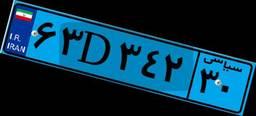
۷۴D۹۷۹۱۶